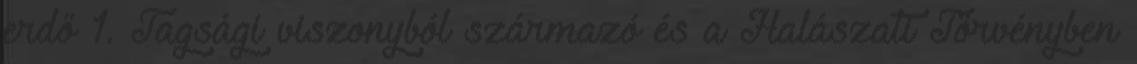
erdő 1. Tagsági viszonyból származó és a Halászati Törvényben